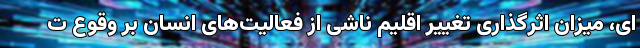
ای، میزان اثرگذاری تغییر اقلیم ناشی از فعالیت‌های انسان بر وقوع ت